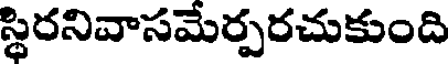
స్థిరనివాసమేర్పరచుకుంది